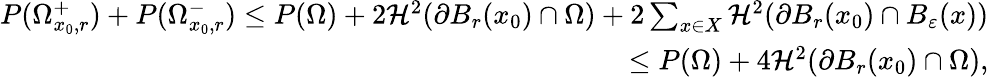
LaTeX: \begin{array}{r}{P(\Omega_{x_{0},r}^{+})+P(\Omega_{x_{0},r}^{-})\leq P(\Omega)+2\mathcal H^{2}(\partial B_{r}(x_{0})\cap\Omega)+2\sum_{x\in X}\mathcal H^{2}(\partial B_{r}(x_{0})\cap B_{\varepsilon}(x))}\\ {\leq P(\Omega)+4\mathcal H^{2}(\partial B_{r}(x_{0})\cap\Omega),}\end{array}